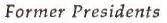
Former Presidents